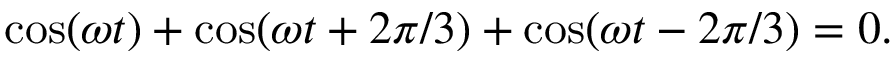
\cos ( \omega t ) + \cos ( \omega t + 2 \pi / 3 ) + \cos ( \omega t - 2 \pi / 3 ) = 0 .